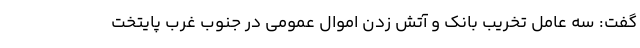
گفت: سه عامل تخریب بانک و آتش زدن اموال عمومی در جنوب غرب پایتخت